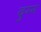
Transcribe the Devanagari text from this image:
दुग्ग